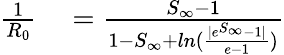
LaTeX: \begin{array}{rl}{\frac{1}{R_{0}}}&{{}=\frac{S_{\infty}-1}{1-S_{\infty}+ln(\frac{|e^{S_{\infty}}-1|}{e-1})}}\end{array}